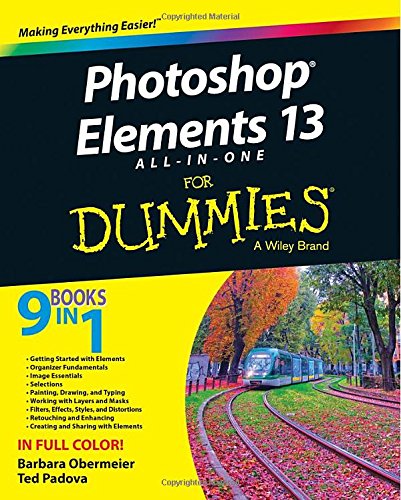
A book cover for Photoshop Elements 13 All-in-One For Dummies; Barbara Obermeier; Computers & Technology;